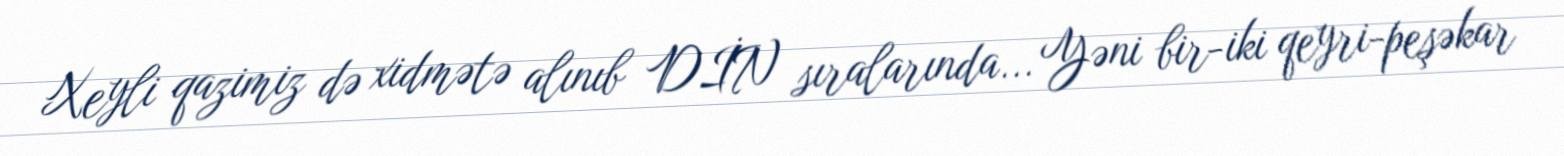
Xeyli qazimiz də xidmətə alınıb DİN sıralarında... Yəni bir-iki qeyri-peşəkar